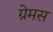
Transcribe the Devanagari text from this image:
ग्रेमस